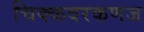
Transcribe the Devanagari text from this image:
चिक्कवरकणज